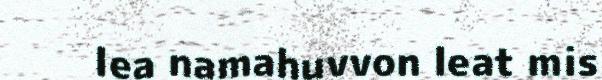
lea namahuvvon leat mis